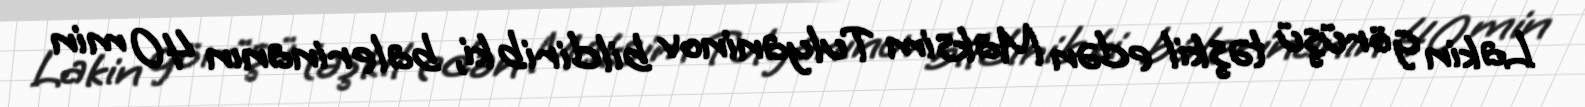
Lakin görüşü təşkil edən Maksim Tulyaninov bildirib ki, balerinanın 40 min